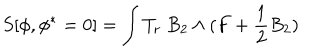
S [ \phi , \phi ^ { * } = 0 ] = \int T _ { r } \ B _ { 2 } \wedge ( F + \frac 1 2 B _ { 2 } )